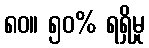
၈၀။ ၅၀% ရရှိမှု